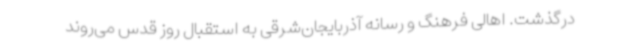
درگذشت. اهالی فرهنگ و رسانه آذربایجان‌شرقی به استقبال روز قدس می‌روند